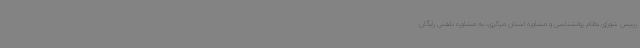
رییس شورای نظام روانشناسی و مشاوره استان مرکزی، به مشاوره تلفنی رایگان